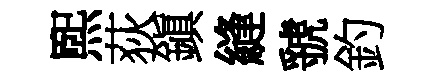
煕荻鎭縫虢釣